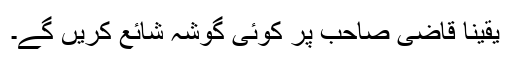
یقینا قاضی صاحب پر کوئی گوشہ شائع کریں گے۔